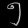
Digit: ၅